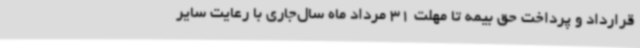
قرارداد و پرداخت حق بیمه تا مهلت 31 مرداد ماه سال‌جاری با رعایت سایر